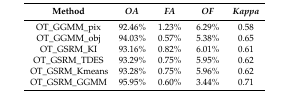
<table><thead><tr><td><b>Method</b></td><td><b><i>OA</i></b></td><td><b><i>FA</i></b></td><td><b><i>OF</i></b></td><td><b><i>Kappa</i></b></td></tr></thead><tbody><tr><td>OT_GGMM_pix</td><td>92.46%</td><td>1.23%</td><td>6.29%</td><td>0.58</td></tr><tr><td>OT_GGMM_obj</td><td>94.03%</td><td>0.57%</td><td>5.38%</td><td>0.65</td></tr><tr><td>OT_GSRM_KI</td><td>93.16%</td><td>0.82%</td><td>6.01%</td><td>0.61</td></tr><tr><td>OT_GSRM_TDES</td><td>93.29%</td><td>0.75%</td><td>5.95%</td><td>0.62</td></tr><tr><td>OT_GSRM_Kmeans</td><td>93.28%</td><td>0.75%</td><td>5.96%</td><td>0.62</td></tr><tr><td>OT_GSRM_GGMM</td><td>95.95%</td><td>0.60%</td><td>3.44%</td><td>0.71</td></tr></tbody></table>